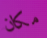
مكان